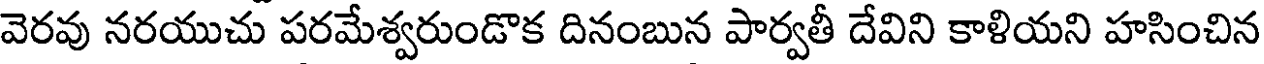
వెరవు నరయుచు పరమేశ్వరుండొక దినంబున పార్వతీ దేవిని కాళియని హసించిన